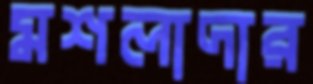
মশলাদার